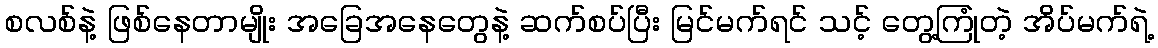
စလစ်နဲ့ ဖြစ်နေတာမျိုး အခြေအနေတွေနဲ့ ဆက်စပ်ပြီး မြင်မက်ရင် သင့် တွေ့ကြုံတဲ့ အိပ်မက်ရဲ့